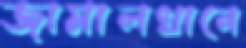
জামালখানে